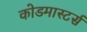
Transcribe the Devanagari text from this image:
कोडमास्टर्स